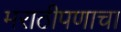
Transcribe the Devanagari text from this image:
मराठीपणाचा